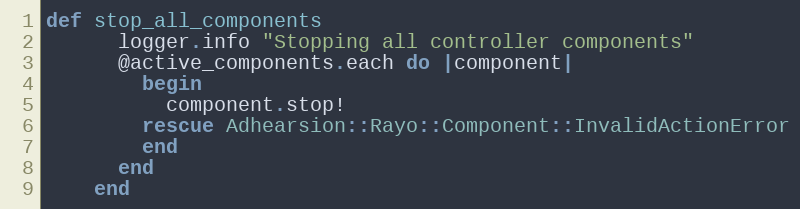
Language: Ruby
def stop_all_components
      logger.info "Stopping all controller components"
      @active_components.each do |component|
        begin
          component.stop!
        rescue Adhearsion::Rayo::Component::InvalidActionError
        end
      end
    end